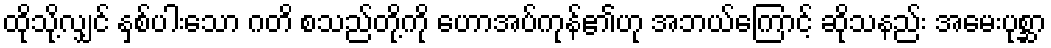
ထိုသို့လျှင် နှစ်ပါးသော ဂတိ စသည်တို့ကို ဟောအပ်ကုန်၏ဟု အဘယ်ကြောင့် ဆိုသနည်း အမေးပုစ္ဆာ